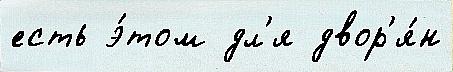
есть э́том дл'я двор'я́н